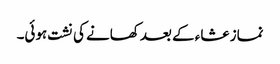
نماز عشاء کے بعد کھانے کی نشت ہوئی۔